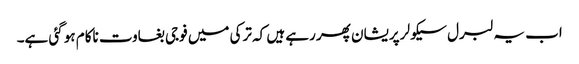
اب یہ لبرل سیکولر پریشان پھر رہے ہیں کہ ترکی میں فوجی بغاوت ناکام ہو گئی ہے۔